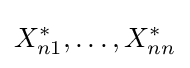
X_{n1}^{*},\ldots ,X_{nn}^{*}